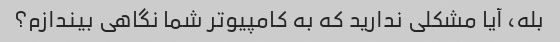
بله، آیا مشکلی ندارید که به کامپیوتر شما نگاهی بیندازم؟